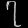
Digit: ၇